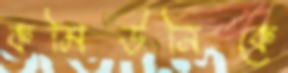
কমিউনিকে